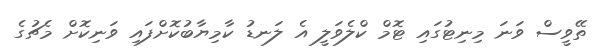
ތޭވީސް ވަނަ މިނިޓުގައި ޓޮމް ކްލެވަލީ އެ ލަނޑު ކާމިޔާބުކޮށްފައި ވަނިކޮށް މެޗުގެ